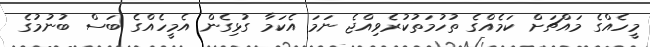
މީހެއްގެ މައްޗަށް ކަމެއްގެ ތުހުމަތުކުރެވިއްޖެ ނަމަ އެކަމާ ގުޅިގެން އެމީހެއްގެ ބަސް ބުނުމުގެ